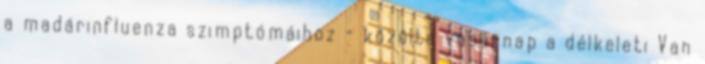
a madárinfluenza szimptómáihoz - közölte vasárnap a délkeleti Van